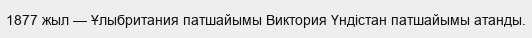
1877 жыл — Ұлыбритания патшайымы Виктория Үндістан патшайымы атанды.